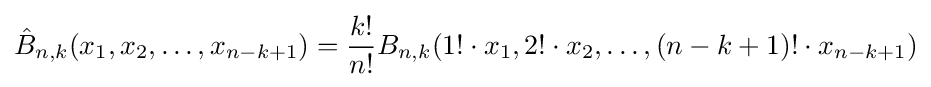
{\hat {B}}_{n,k}(x_{1},x_{2},\ldots ,x_{n-k+1})={\frac {k!}{n!}}B_{n,k}(1!\cdot x_{1},2!\cdot x_{2},\ldots ,(n-k+1)!\cdot x_{n-k+1})